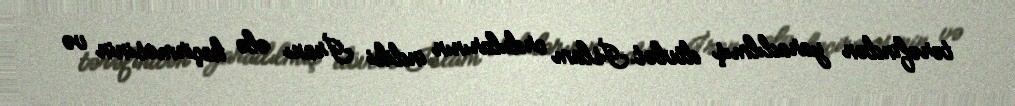
tərəfindən yaradılmış dövlət.İslam ordularının indiki İranı ələ keçirməsinin və